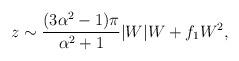
LaTeX: \begin{align*}z\sim\frac{(3\alpha^{2}-1)\pi}{\alpha^{2}+1}|W|W +f_{1}W^{2},\end{align*}